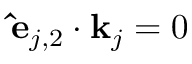
\mathbf { \hat { e } } _ { j , 2 } \cdot \mathbf { k } _ { j } = 0